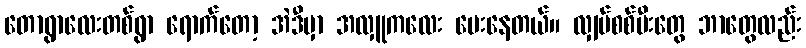
တောရွာလေးတစ်ရွာ ရောက်တော့ အဲဒီမှာ အလှူကလေး ပေးနေတယ်။ လျှပ်စစ်မီးတွေ ဘာတွေလည်း